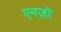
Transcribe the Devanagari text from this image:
एनज़ो